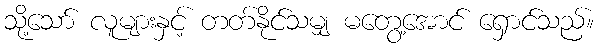
သို့သော် လူများနှင့် တတ်နိုင်သမျှ မတွေ့အောင် ရှောင်သည်။